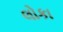
લોકા